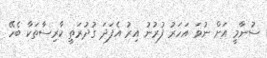
ސުނާމީ އަށް ނުވަ އަހަރު ފުރުނު އިރު އެފަދަ ގުދުރަތީ ކާރިސާތަކާ ބެހޭ